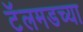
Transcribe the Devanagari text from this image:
टॅलमडच्या